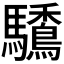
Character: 𩧒